Indian journal of veterinary science and animal husbandry - Volume 3,
Year: 1933
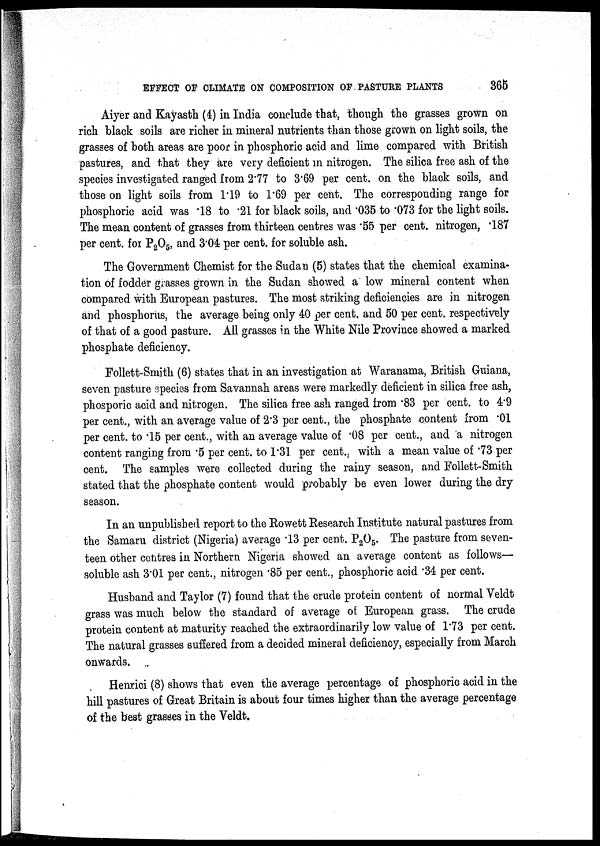
EFFECT OF CLIMATE ON COMPOSITION OF PASTURE PLANTS
365
Aiyer and Kayasth (4) in India conclude that, though the grasses grown on
rich black soils are richer in mineral nutrients than those grown on light soils, the
grasses of both areas are poor in phosphoric acid and lime compared with British
pastures, and that they are very deficient in nitrogen. The silica free ash of the
species investigated ranged from 2.77 to 3.69 per cent. on the black soils, and
those on light soils from 1.19 to 1.69 per cent. The corresponding range for
phosphoric acid was .18 to .21 for black soils, and .035 to .073 for the light soils.
The mean content of grasses from thirteen centres was .55 per cent. nitrogen, .187
per cent. for P 2 O 5 , and 3.04 per cent. for soluble ash.
The Government Chemist for the Sudan (5) states that the chemical examina-
tion of fodder grasses grown in the Sudan showed a low mineral content when
compared with European pastures. The most striking deficiencies are in nitrogen
and phosphorus, the average being only 40 per cent. and 50 per cent. respectively
of that of a good pasture. All grasses in the White Nile Province showed a marked
phosphate deficiency.
Follett-Smith (6) states that in an investigation at Waranama, British Guiana,
seven pasture species from Savannah areas were markedly deficient in silica free ash,
phosporic acid and nitrogen. The silica free ash ranged from .83 per cent. to 4.9
per cent., with an average value of 2.3 per cent., the phosphate content from .01
per cent. to 15 per cent., with an average value of .08 per cent., and a nitrogen
content ranging from .5 per cent. to 1.31 per cent., with a mean value of .73 per
cent. The samples were collected during the rainy season, and Follett-Smith
stated that the phosphate content would probably be even lower during the dry
season.
In an unpublished report to the Rowett Research Institute natural pastures from
the Samaru district (Nigeria) average .13 per cent. P 2 0 5 . The pasture from seven-
teen other centres in Northern Nigeria showed an average content as follows—
soluble ash 3.01 per cent., nitrogen .85 per cent., phosphoric acid .34 per cent.
Husband and Taylor (7) found that the crude protein content of normal Veldt
grass was much below the standard of average of European grass. The crude
protein content at maturity reached the extraordinarily low value of 1.73 per cent.
The natural grasses suffered from a decided mineral deficiency, especially from March
onwards.
Henrici (8) shows that even the average percentage of phosphoric acid in the
hill pastures of Great Britain is about four times higher than the average percentage
of the best grasses in the Veldt.